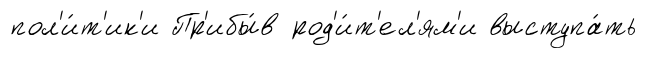
пол'и́т'ик'и Пр'ибы́в род'и́т'ел'ям'и выступа́ть